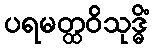
ပရမတ္ထဝိသုဒ္ဓိံ